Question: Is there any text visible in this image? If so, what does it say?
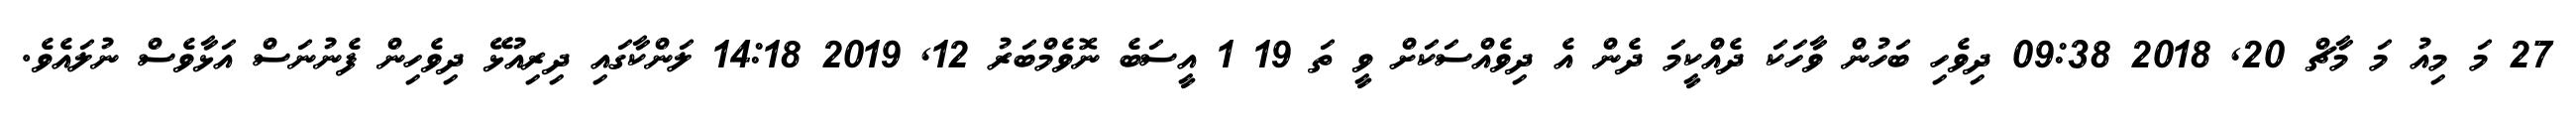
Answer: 27 މަ މިއު މަ މާޗް 20, 2018 09:38 ދިވެހި ބަހުން ވާހަކަ ދެއްކީމަ ދެން އެ ދިވެއްސަކަށް ވީ ތަ 19 1 އީސަބެ ނޮވެމްބަރު 12, 2019 14:18 ލަންކާގައި ދިރިއުޅޭ ދިވެހިން ފެނުނަސް އަޅާވެސް ނުލައެވެ.